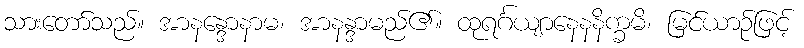
သားတော်သည်။ အာနန္ဒောနာမ၊ အာနန္ဒာမည်၏။ ထုရင်္ဂယျာနေနနိက္ခမိ၊ မြင်ယာဉ်ဖြင့်